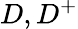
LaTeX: D,D^{+}